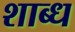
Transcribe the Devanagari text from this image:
शाब्ध